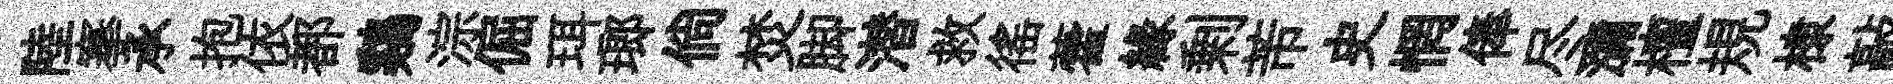
陸搴承抱依都鷄淙倔珥瑯倘焚脚潜救徭藿緣剰芾史惘俸尽瀰檀規棣敲